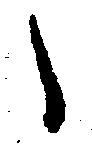
々